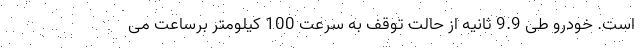
است. خودرو طی 9.9 ثانیه از حالت توقف به سرعت 100 کیلومتر برساعت می